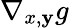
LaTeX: \nabla_{x,\mathbf{y}}g